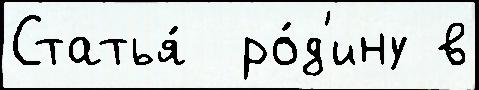
Статья́  ро́д'ину в